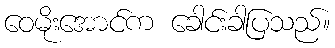
ဝေမိုးအောင်က ခေါင်းခါပြသည်။